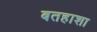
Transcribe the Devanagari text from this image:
बतहाशा